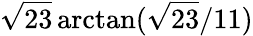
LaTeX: {\sqrt{23}}\arctan({{\sqrt{23}}/11})